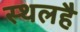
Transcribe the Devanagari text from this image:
स्थलहै